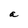
Character: a